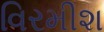
વિરમીશ